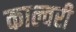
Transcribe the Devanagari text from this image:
काल्वरी